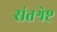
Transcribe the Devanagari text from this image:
संतश्रेष्ट्र